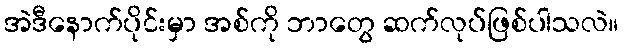
အဲဒီနောက်ပိုင်းမှာ အစ်ကို ဘာတွေ ဆက်လုပ်ဖြစ်ပါသလဲ။